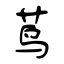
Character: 茑